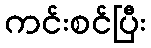
ကင်းစင်ပြီး